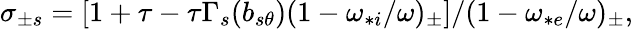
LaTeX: \begin{array}{r}{\sigma_{\pm s}=\left[1+\tau-\tau\Gamma_{s}(b_{s\theta})(1-\omega_{*i}/\omega)_{\pm}\right]/(1-\omega_{*e}/\omega)_{\pm},}\end{array}